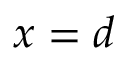
x = d